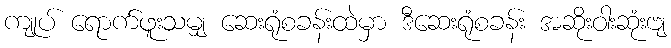
ကျုပ် ရောက်ဖူးသမျှ ဆေးရုံစခန်းထဲမှာ ဒီဆေးရုံစခန်း အဆိုးဝါးဆုံးဗျ